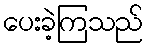
ပေးခဲ့ကြသည်